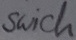
Text: Swich